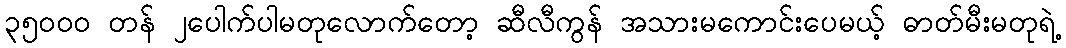
၃၅၀၀၀ တန် ၂ပေါက်ပါမတုလောက်တော့ ဆီလီကွန် အသားမကောင်းပေမယ့် ဓာတ်မီးမတုရဲ့